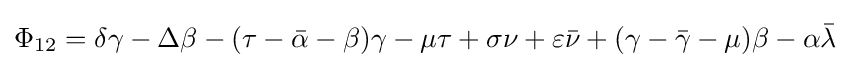
\Phi _{12}=\delta \gamma -\Delta \beta -(\tau -{\bar {\alpha }}-\beta )\gamma -\mu \tau +\sigma \nu +\varepsilon {\bar {\nu }}+(\gamma -{\bar {\gamma }}-\mu )\beta -\alpha {\bar {\lambda }}